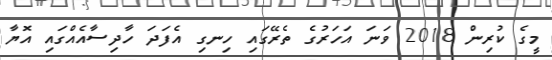
މީގެ ކުރިން 2018 ވަނަ އަހަރުގެ ތެރޭގައި ހިނގި އެފަދަ ހާދިސާއެއްގައި އޮޔާ